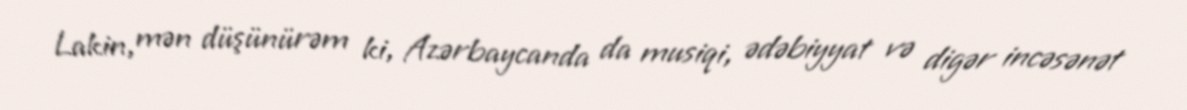
Lakin, mən düşünürəm ki, Azərbaycanda da musiqi, ədəbiyyat və digər incəsənət